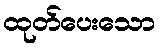
ထုတ်ပေးသော